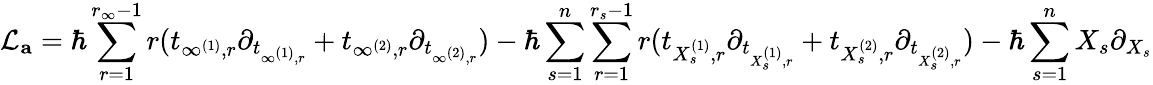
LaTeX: \mathcal{L}_{\mathbf{a}}=\hbar\sum_{r=1}^{r_{\infty}-1}r(t_{\infty^{(1)},r}\partial_{t_{\infty^{(1)},r}}+t_{\infty^{(2)},r}\partial_{t_{\infty^{(2)},r}})-\hbar\sum_{s=1}^{n}\sum_{r=1}^{r_{s}-1}r(t_{X_{s}^{(1)},r}\partial_{t_{X_{s}^{(1)},r}}+t_{X_{s}^{(2)},r}\partial_{t_{X_{s}^{(2)},r}})-\hbar\sum_{s=1}^{n}X_{s}\partial_{X_{s}}